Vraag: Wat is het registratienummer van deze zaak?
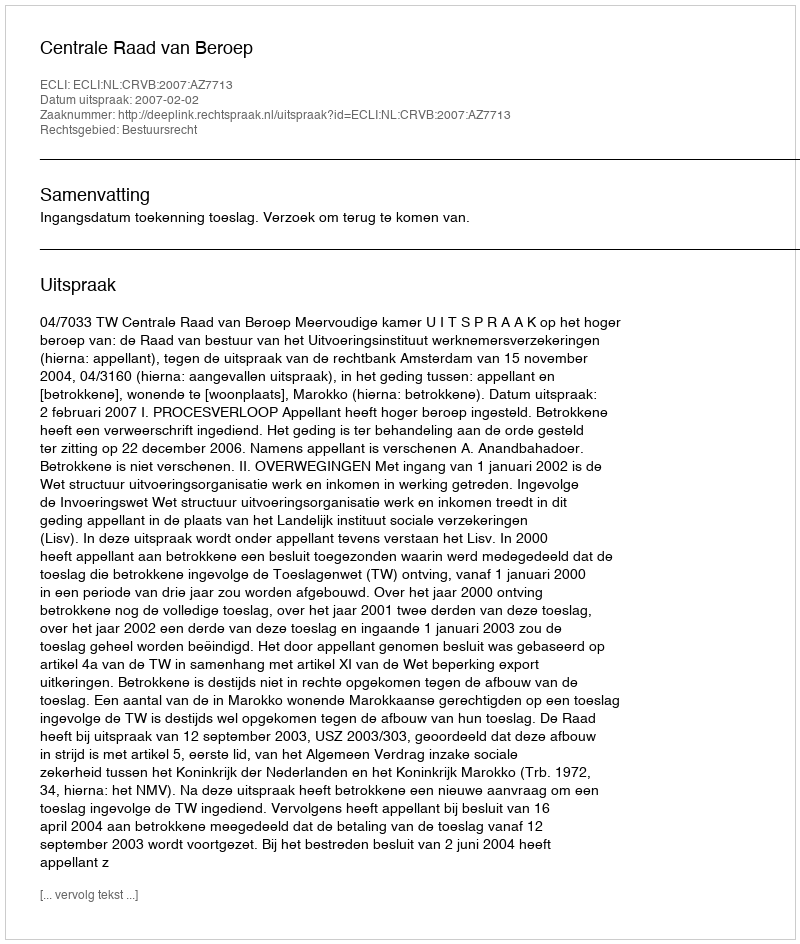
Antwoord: http://deeplink.rechtspraak.nl/uitspraak?id=ECLI:NL:CRVB:2007:AZ7713